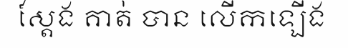
ស្តែង គាត់ បាន លើកឡើង